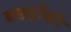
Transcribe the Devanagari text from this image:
बछड़ोंकी